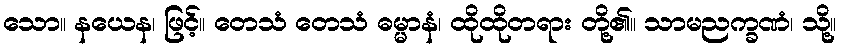
သော။ နယေန၊ ဖြင့်။ တေသံ တေသံ ဓမ္မာနံ၊ ထိုထိုတရား တို့၏။ သာမညက္ခဏံ၊ သို့။